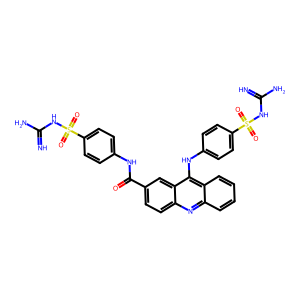
SMILES: N=C(N)NS(=O)(=O)c1ccc(NC(=O)c2ccc3nc4ccccc4c(Nc4ccc(S(=O)(=O)NC(=N)N)cc4)c3c2)cc1
Inhibits HIV replication: Yes